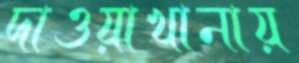
দাওয়াখানায়